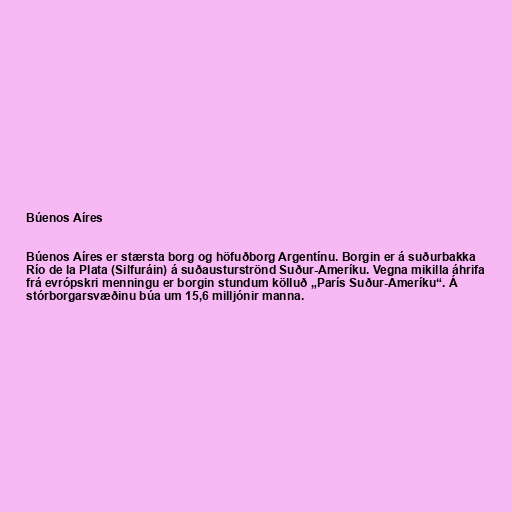
Búenos Aíres

Búenos Aíres er stærsta borg og höfuðborg Argentínu. Borgin er á suðurbakka
Río de la Plata (Silfuráin) á suðausturströnd Suður-Ameríku. Vegna mikilla áhrifa
frá evrópskri menningu er borgin stundum kölluð „París Suður-Ameríku“. Á
stórborgarsvæðinu búa um 15,6 milljónir manna.